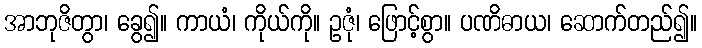
အာဘုဇိတွာ၊ ခွေ၍။ ကာယံ၊ ကိုယ်ကို။ ဥဇုံ၊ ဖြောင့်စွာ။ ပဏိဓာယ၊ ဆောက်တည်၍။